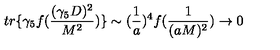
t r \{ \gamma _ { 5 } f ( \frac { ( \gamma _ { 5 } D ) ^ { 2 } } { M ^ { 2 } } ) \} \sim ( \frac { 1 } { a } ) ^ { 4 } f ( \frac { 1 } { ( a M ) ^ { 2 } } ) \rightarrow 0